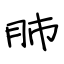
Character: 肺